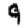
Digit: 9